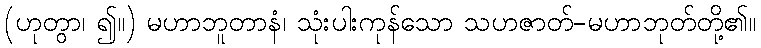
(ဟုတွာ၊ ၍။) မဟာဘူတာနံ၊ သုံးပါးကုန်သော သဟဇာတ်-မဟာဘုတ်တို့၏။